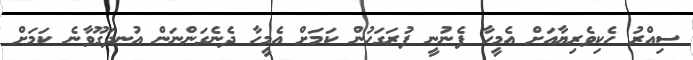
ސިއްރު ހެކިވެރިޔާއަށް އެމީހާ ފެނުނީ ފުރަގަހުން ކަމަށް އެމީހާ ދެނެގަންނަން އުނދަގޫވާނެ ކަމަށް